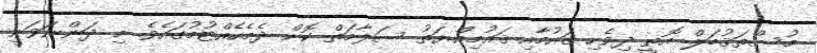
މުސްތަޤުބަލް އޮތީ ދިވެހި ޤައުމާއި ޤައުމިއްޔަތު ސަލާމަތް ކޮށް ދެމެހެއްޓުމުގައެވެ. މި ދަންނަވަނީ